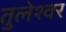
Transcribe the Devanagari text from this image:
तुलेश्वर